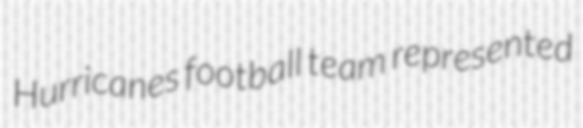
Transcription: Hurricanes football team represented